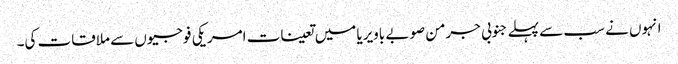
انہوں نے سب سے پہلے جنوبی جرمن صوبے باویریا میں تعینات امریکی فوجیوں سے ملاقات کی۔